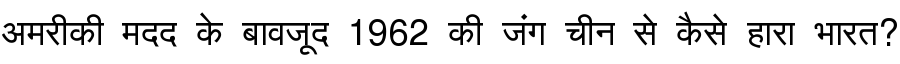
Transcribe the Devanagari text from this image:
अमरीकी मदद के बावजूद 1962 की जंग चीन से कैसे हारा भारत?